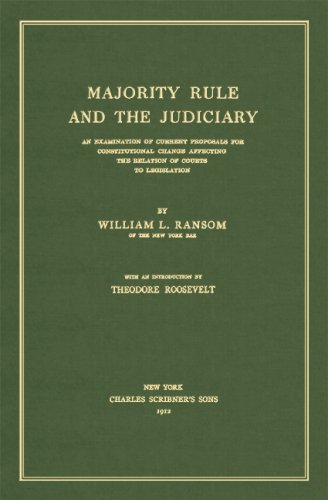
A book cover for Majority Rule and the Judiciary: An Examination of Current Proposals for Constitutional Change Affecting the Relation of Courts to Legislation. With an introduction by Theodore Roosevelt.; William L. Ransom; Law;